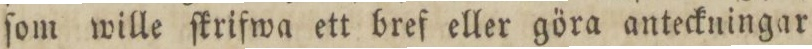
ſom wille ſkrifwa ett bref eller göra anteckningar